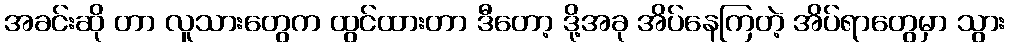
အခင်းဆို တာ လူသားတွေက ထွင်ထားတာ ဒီတော့ ဒို့အခု အိပ်နေကြတဲ့ အိပ်ရာတွေမှာ သွား